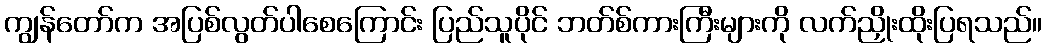
ကျွန်တော်က အပြစ်လွတ်ပါစေကြောင်း ပြည်သူပိုင် ဘတ်စ်ကားကြီးများကို လက်ညှိုးထိုးပြရသည်။